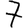
Digit: 7